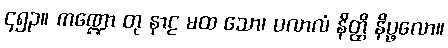
၄၅၃။ ကဏ္ဍော တု နာဠ မထ သော၊ ပလာလံ နိတ္ထိ နိပ္ဖလော။